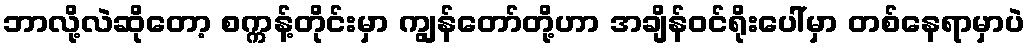
ဘာလို့လဲဆိုတော့ စက္ကန့်တိုင်းမှာ ကျွန်တော်တို့ဟာ အချိန်ဝင်ရိုးပေါ်မှာ တစ်နေရာမှာပဲ